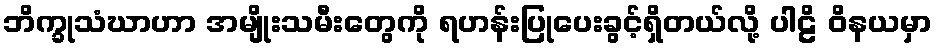
ဘိက္ခုသံဃာဟာ အမျိုးသမီးတွေကို ရဟန်းပြုပေးခွင့်ရှိတယ်လို့ ပါဠိ ဝိနယမှာ